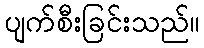
ပျက်စီးခြင်းသည်။